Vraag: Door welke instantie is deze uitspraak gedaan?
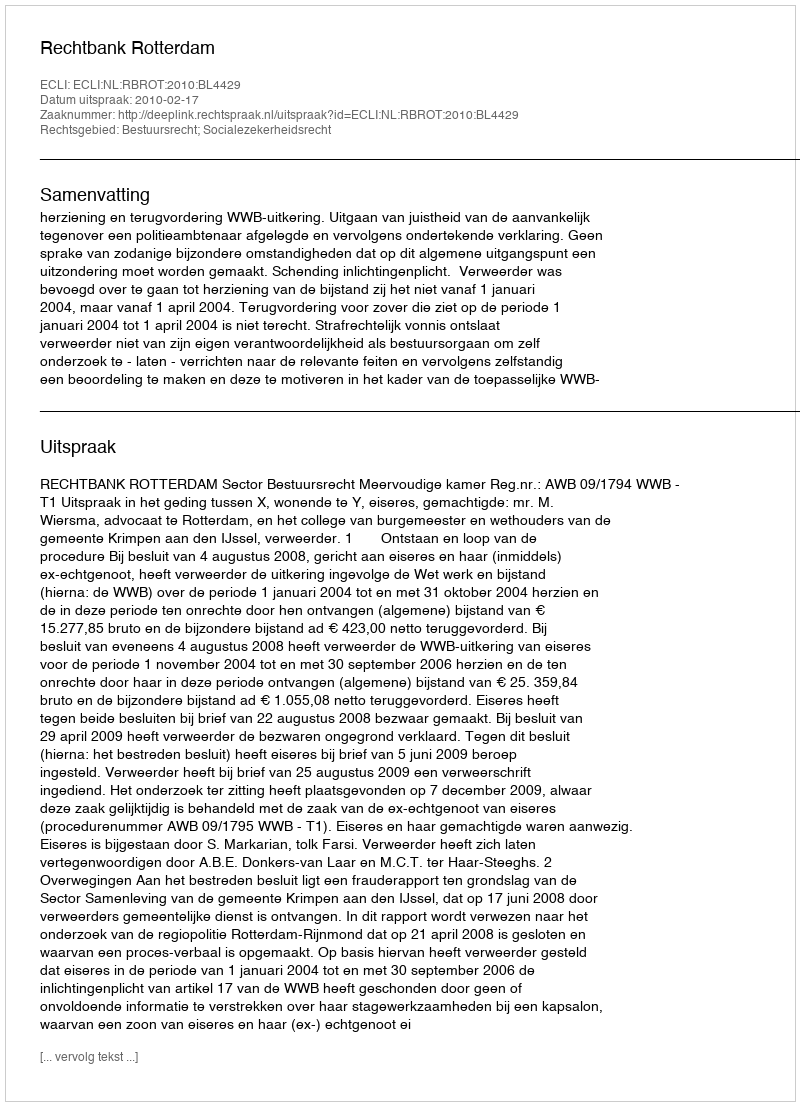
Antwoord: Rechtbank Rotterdam